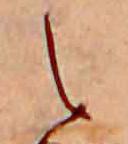
え